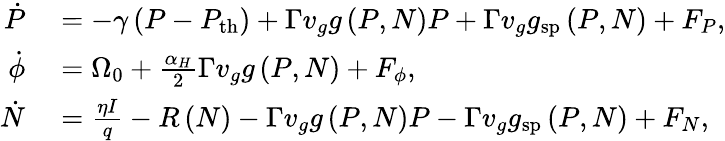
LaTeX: \begin{array}{rl}{\dot{P}}&{{}=-\gamma\left(P-P_{\mathrm{th}}\right)+\Gamma v_{g}g\left(P,N\right)P+\Gamma v_{g}g_{\mathrm{sp}}\left(P,N\right)+F_{P},}\\ {\dot{\phi}}&{{}=\Omega_{0}+\frac{\alpha_{H}}{2}\Gamma v_{g}g\left(P,N\right)+F_{\phi},}\\ {\dot{N}}&{{}=\frac{\eta I}{q}-R\left(N\right)-\Gamma v_{g}g\left(P,N\right)P-\Gamma v_{g}g_{\mathrm{sp}}\left(P,N\right)+F_{N},}\end{array}